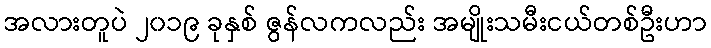
အလားတူပဲ ၂၀၁၉ ခုနှစ် ဇွန်လကလည်း အမျိုးသမီးငယ်တစ်ဦးဟာ